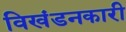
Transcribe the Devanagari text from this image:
विखंडनकारी